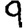
Digit: 9